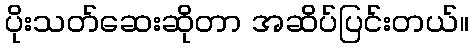
ပိုးသတ်ဆေးဆိုတာ အဆိပ်ပြင်းတယ်။